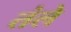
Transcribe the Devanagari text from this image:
तंले